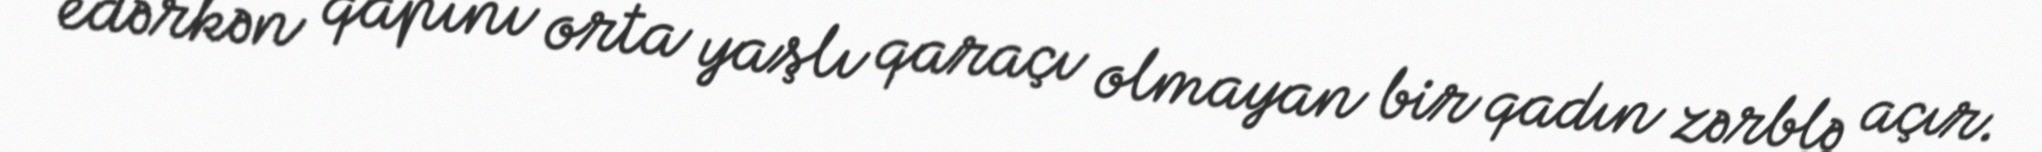
edərkən qapını orta yaşlı qaraçı olmayan bir qadın zərblə açır.